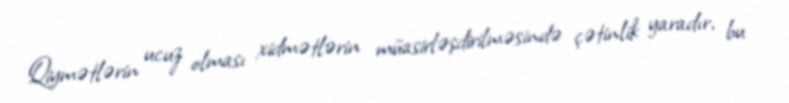
Qiymətlərin ucuz olması xidmətlərin müasirləşdirilməsində çətinlik yaradır, bu